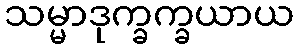
သမ္မာဒုက္ခက္ခယာယ